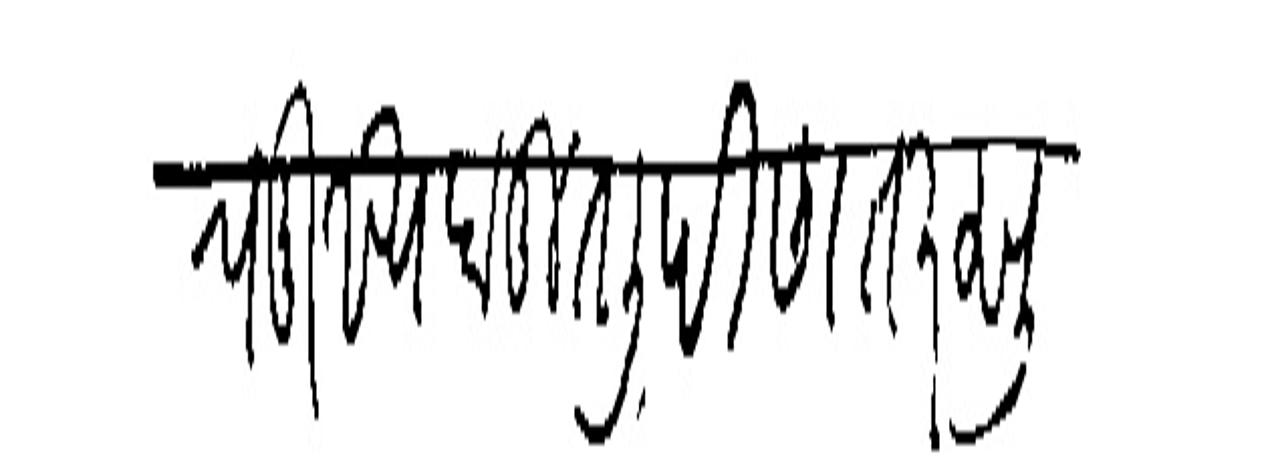
Transliteration (Devanagari): व मुख्य बहुत लिहिण तर सून